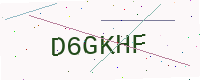
Text: D6GKHF